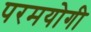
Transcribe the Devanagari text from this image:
परमयोगी